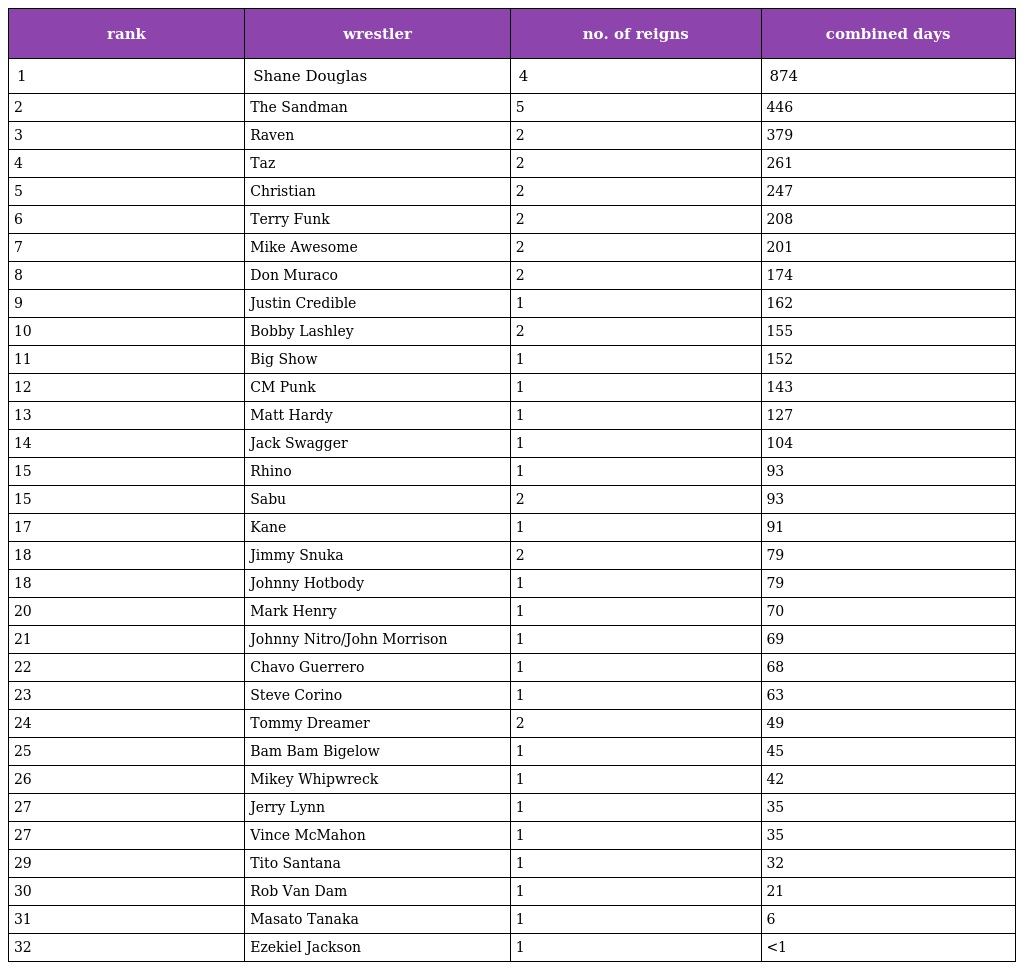
| rank | wrestler | no. of reigns | combined days |
 | --- | --- | --- | --- |
 | 1 | Shane Douglas | 4 | 874 |
 | 2 | The Sandman | 5 | 446 |
 | 3 | Raven | 2 | 379 |
 | 4 | Taz | 2 | 261 |
 | 5 | Christian | 2 | 247 |
 | 6 | Terry Funk | 2 | 208 |
 | 7 | Mike Awesome | 2 | 201 |
 | 8 | Don Muraco | 2 | 174 |
 | 9 | Justin Credible | 1 | 162 |
 | 10 | Bobby Lashley | 2 | 155 |
 | 11 | Big Show | 1 | 152 |
 | 12 | CM Punk | 1 | 143 |
 | 13 | Matt Hardy | 1 | 127 |
 | 14 | Jack Swagger | 1 | 104 |
 | 15 | Rhino | 1 | 93 |
 | 15 | Sabu | 2 | 93 |
 | 17 | Kane | 1 | 91 |
 | 18 | Jimmy Snuka | 2 | 79 |
 | 18 | Johnny Hotbody | 1 | 79 |
 | 20 | Mark Henry | 1 | 70 |
 | 21 | Johnny Nitro/John Morrison | 1 | 69 |
 | 22 | Chavo Guerrero | 1 | 68 |
 | 23 | Steve Corino | 1 | 63 |
 | 24 | Tommy Dreamer | 2 | 49 |
 | 25 | Bam Bam Bigelow | 1 | 45 |
 | 26 | Mikey Whipwreck | 1 | 42 |
 | 27 | Jerry Lynn | 1 | 35 |
 | 27 | Vince McMahon | 1 | 35 |
 | 29 | Tito Santana | 1 | 32 |
 | 30 | Rob Van Dam | 1 | 21 |
 | 31 | Masato Tanaka | 1 | 6 |
 | 32 | Ezekiel Jackson | 1 | <1 |